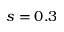
s = 0 . 3